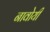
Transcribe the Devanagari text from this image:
नावोयी